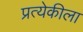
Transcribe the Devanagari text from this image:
प्रत्येकीला